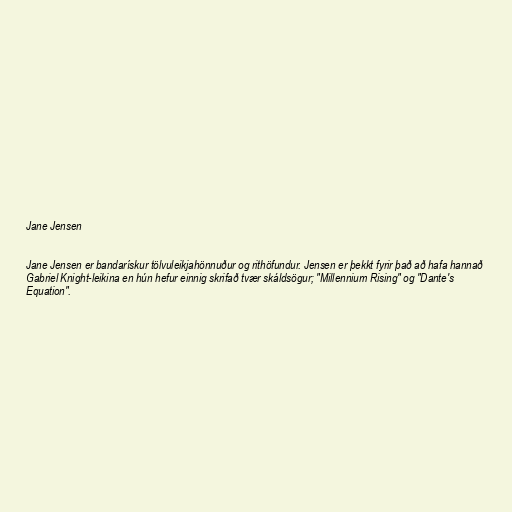
Jane Jensen

Jane Jensen er bandarískur tölvuleikjahönnuður og rithöfundur. Jensen er þekkt fyrir það að hafa hannað
Gabriel Knight-leikina en hún hefur einnig skrifað tvær skáldsögur; "Millennium Rising" og "Dante's
Equation".